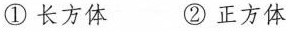
①长方体 ②正方体